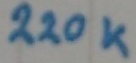
Text: 220K